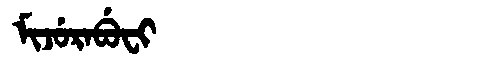
Manchu: ᠮᡳᠵᡠᡵᠠᠪᡠᠸᡳ
Romanization: MIJURABUFI